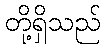
တို့ရှိသည်